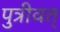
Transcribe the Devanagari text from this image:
पुत्रीवत्